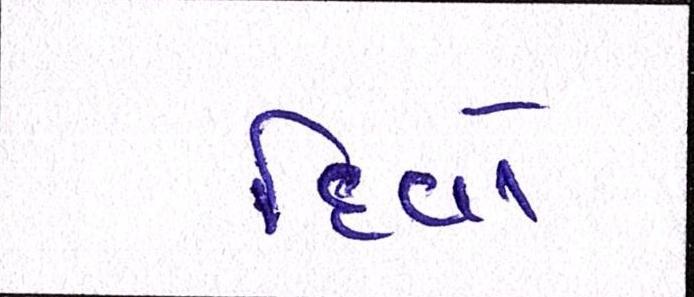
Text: દિવો